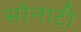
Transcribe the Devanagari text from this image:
सोनाटी